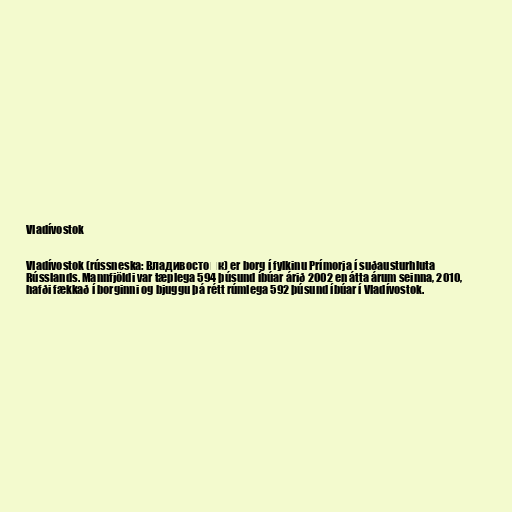
Vladívostok

Vladívostok (rússneska: Владивосто́к) er borg í fylkinu Prímorja í suðausturhluta
Rússlands. Mannfjöldi var tæplega 594 þúsund íbúar árið 2002 en átta árum seinna, 2010,
hafði fækkað í borginni og bjuggu þá rétt rúmlega 592 þúsund íbúar í Vladívostok.